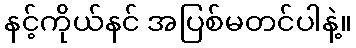
နင့်ကိုယ်နင် အပြစ်မတင်ပါနဲ့။